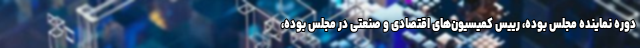
دوره نماینده مجلس بوده، رییس کمیسیون‌های اقتصادی و صنعتی در مجلس بوده،